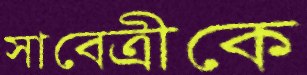
সাবেত্রীকে